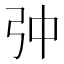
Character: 𱝙